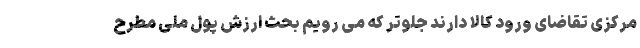
مرکزی تقاضای ورود کالا دارند جلوتر که می رویم بحث ارزش پول ملی مطرح